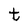
Character: t